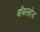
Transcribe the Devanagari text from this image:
बॉबलहेड